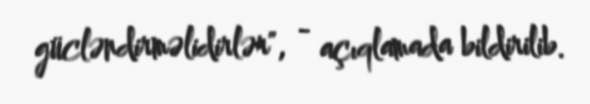
gücləndirməlidirlər", - açıqlamada bildirilib.